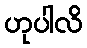
ဟုပါလိ